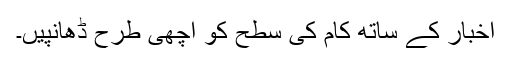
اخبار کے ساتھ کام کی سطح کو اچھی طرح ڈھانپیں۔